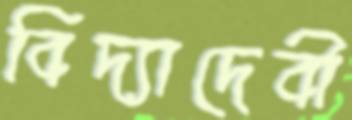
বিদ্যাদেবী